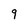
Character: 9